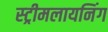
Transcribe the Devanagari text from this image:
स्ट्रीमलायनिंग